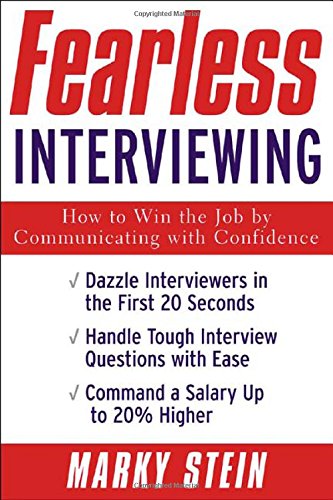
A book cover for Fearless Interviewing: How to Win the Job by Communicating with Confidence; Marky Stein ; Business & Money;